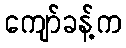
ကျော်ခန့်က